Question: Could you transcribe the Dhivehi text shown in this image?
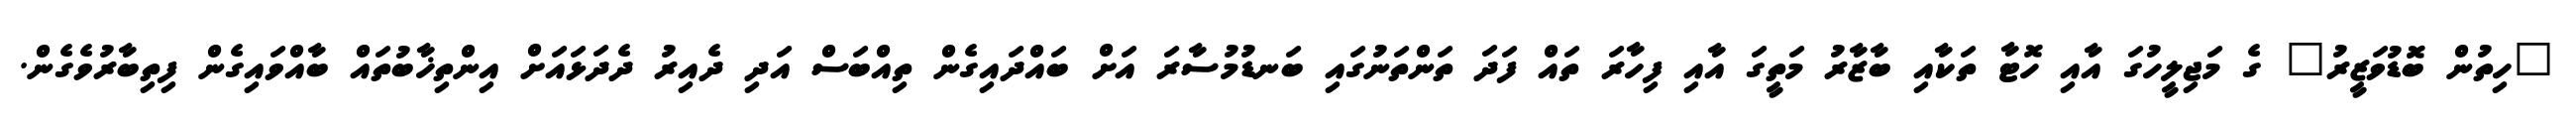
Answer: "ހިތުން ބޮޑުވަޒީރު" ގެ މަޖިލީހުގަ އާއި ހޮޓާ ތަކާއި ބާޒާރު މަތީގަ އާއި ފިހާރަ ތައް ފަދަ ތަންތަނުގައި ބަނޑުމުސާރަ އަށް ބައްދައިގެން ތިއްބަސް އަދި ދެއިރު ދެދަޅައަށް އިންތިޚާބުތައް ބާއްވައިގެން ފިތިބާރުވެގެން.